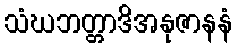
သံဃဘတ္တာဒိအနုဇာနနံ